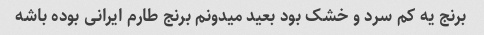
برنج یه کم سرد و خشک بود بعید میدونم برنج طارم ایرانی بوده باشه